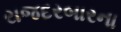
રાજદરબારના